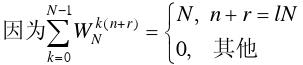
因为$\sum_{k=0}^{N-1}W_{N}^{(k+r)} = \begin{cases} N, & n + r = lN \\ 0, & \text{其他} \end{cases}$